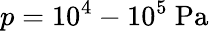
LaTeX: p=10^{4}-10^{5}~\mathrm{{Pa}}